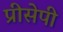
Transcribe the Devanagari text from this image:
प्रीसेपी